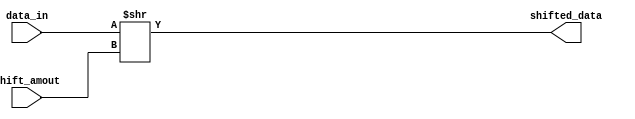
module ShiftModule #(parameter N_mant = 24, parameter N_exp = 8, parameter SHIFT_DIRECTION = 0) (
  input wire [N_mant-1:0] data_in,
  input [N_exp-1:0] shift_amout,
  output [N_mant-1:0] shifted_data
);

  wire [N_mant-1:0] shifted_left;
  wire [N_mant-1:0] shifted_right;

  assign shifted_left = data_in << shift_amout;
  assign shifted_right = data_in >> shift_amout;

  assign shifted_data = (SHIFT_DIRECTION == 1) ? shifted_left : shifted_right;

endmodule